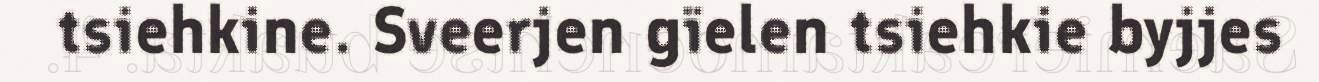
tsiehkine. Sveerjen gïelen tsiehkie byjjes